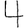
Digit: 4